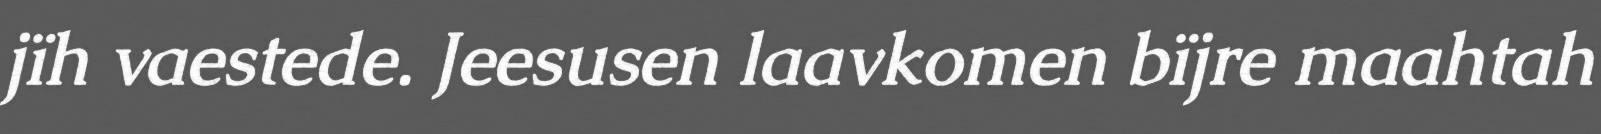
jïh vaestede. Jeesusen laavkomen bïjre maahtah